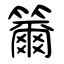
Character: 籋